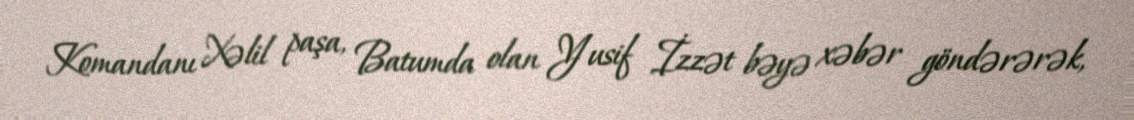
Komandanı Xəlil paşa, Batumda olan Yusif İzzət bəyə xəbər göndərərək,